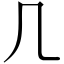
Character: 𠘧